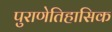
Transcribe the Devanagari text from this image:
पुराणेतिहासिक